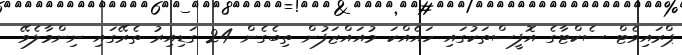
ޕްރައިވެޓް ސެކްޓާގެ އޮފީސްތަކުގައި ހައެއްކަ މުއައްޒަފުން ތިބެގެން 24 ގަޑިއިރު ތެރޭގައި ނިންމާލެވޭ